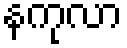
နကုလာ